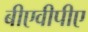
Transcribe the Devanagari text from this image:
बीएवीपीए